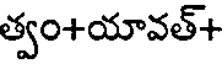
త్వం+యావత్+